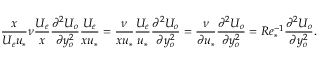
{ \frac { x } { U _ { e } u _ { * } } } \nu { \frac { U _ { e } } { x } } \frac { \partial ^ { 2 } U _ { o } } { \partial y _ { o } ^ { 2 } } \frac { U _ { e } } { x u _ { * } } = \frac { \nu } { x u _ { * } } \frac { U _ { e } } { u _ { * } } \frac { \partial ^ { 2 } U _ { o } } { \partial y _ { o } ^ { 2 } } = \frac { \nu } { \partial u _ { * } } \frac { \partial ^ { 2 } U _ { o } } { \partial y _ { o } ^ { 2 } } = R e _ { * } ^ { - 1 } \frac { \partial ^ { 2 } U _ { o } } { \partial y _ { o } ^ { 2 } } .